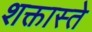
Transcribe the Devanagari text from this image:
शक्तास्ते